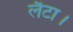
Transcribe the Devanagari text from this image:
लैटा।